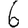
Digit: 6